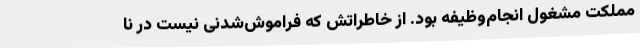
مملکت مشغول انجام‌وظیفه بود. از خاطراتش که فراموش‌شدنی نیست در نا